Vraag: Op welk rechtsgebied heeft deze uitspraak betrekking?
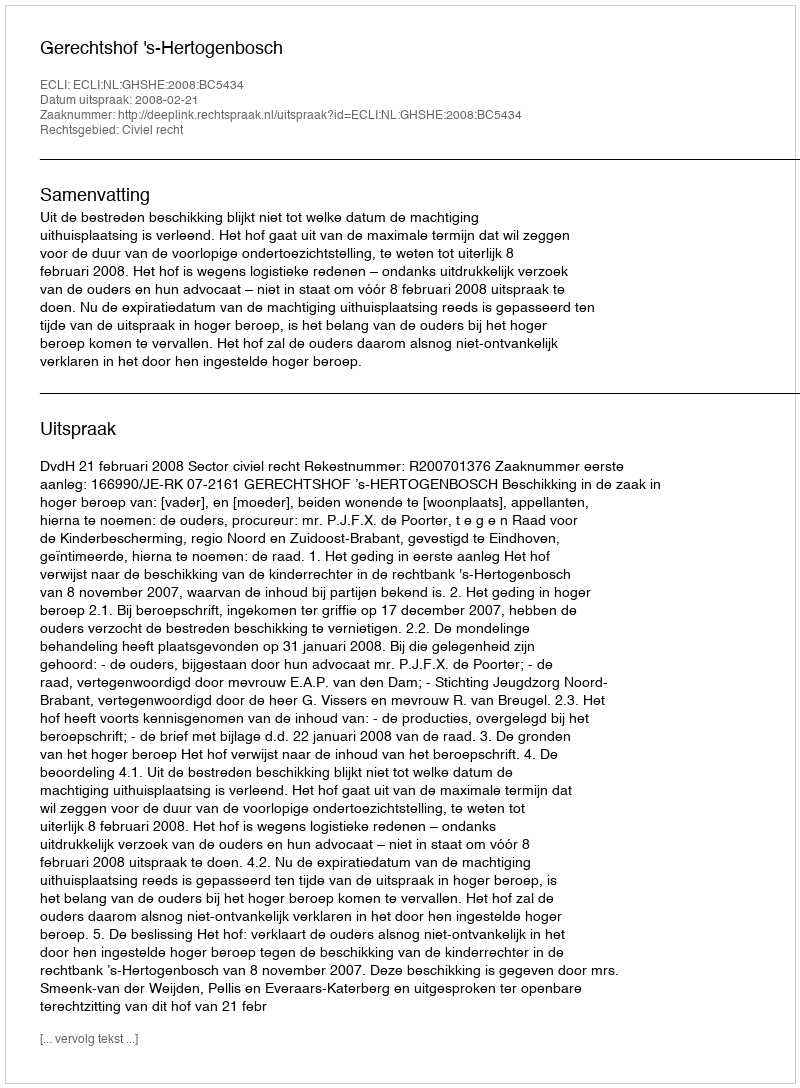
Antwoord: Civiel recht